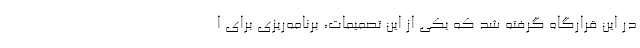
در این قرارگاه گرفته شد که یکی از این تصمیمات، برنامه‌ریزی برای ا